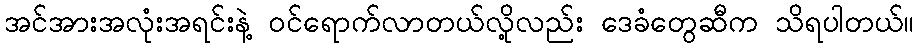
အင်အားအလုံးအရင်းနဲ့ ဝင်ရောက်လာတယ်လို့လည်း ဒေခံတွေဆီက သိရပါတယ်။